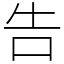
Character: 告